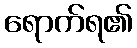
ရောက်ရ၏